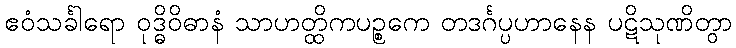
ဧဝံသင်္ခါရော ဝုဒ္ဓိဝိဓာနံ သာဟတ္ထိကပဉ္စကေ တဒင်္ဂပ္ပဟာနေန ပဋိသုဏိတွာ